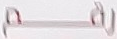
رقم